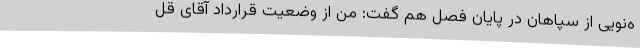
ه‌نویی از سپاهان در پایان فصل هم گفت: من از وضعیت قرارداد آقای قل